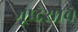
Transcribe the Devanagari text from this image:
भूप्र्देशाचे